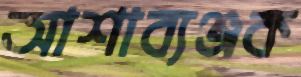
আশাব্যঞ্জক